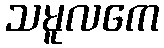
သမူလကေ